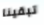
تبقينا